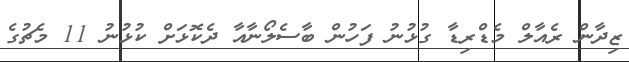
ޒިދާން ރެއާލް މެޑްރިޑާ ގުޅުނު ފަހުން ބާސެލޯނާއާ ދެކޮޅަށް ކުޅުނު 11 މެޗުގެ